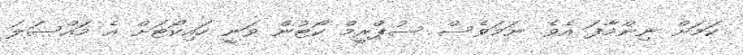
ކަމަށް ނިންމާފަ އެވެ. ނަމަވެސް ސުޕްރީމް ކޯޓުން ވަނީ ހައިކޯޓަށް އެ މައްސަލަ